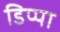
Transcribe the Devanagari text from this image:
डिप्पा